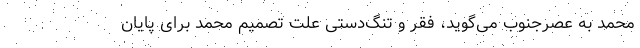
محمد به عصرجنوب می‌گوید، فقر و تنگ‌دستی علت تصمیم محمد برای پایان